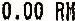
0.00 RM